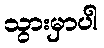
သွားမှာပါ